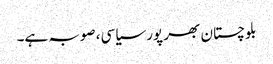
بلوچستان بھر پور سیاسی، صوبہ ہے۔